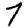
Digit: 7